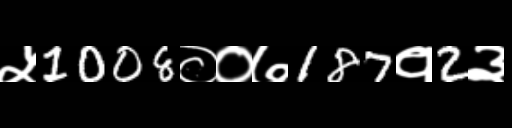
Text: ५1008००७187१2३